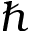
\hbar